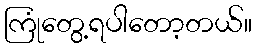
ကြုံတွေ့ရပါတော့တယ်။